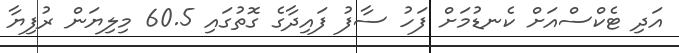
އަދި ޓެކްސްއަށް ކެނޑުމަށް ފަހު ސާފު ފައިދާގެ ގޮތުގައި 60.5 މިލިޔަން ރުފިޔާ